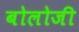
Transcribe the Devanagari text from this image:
बोलोजी